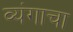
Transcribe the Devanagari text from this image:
व्यंगाचा